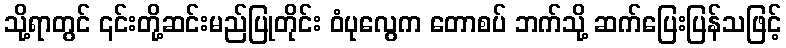
သို့ရာတွင် ၎င်းတို့ဆင်းမည်ပြုတိုင်း ဝံပုလွေက တောစပ် ဘက်သို့ ဆက်ပြေးပြန်သဖြင့်